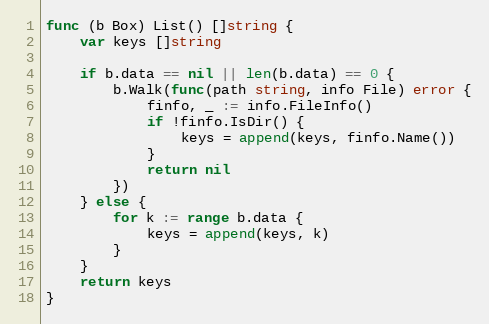
Language: Go
func (b Box) List() []string {
	var keys []string

	if b.data == nil || len(b.data) == 0 {
		b.Walk(func(path string, info File) error {
			finfo, _ := info.FileInfo()
			if !finfo.IsDir() {
				keys = append(keys, finfo.Name())
			}
			return nil
		})
	} else {
		for k := range b.data {
			keys = append(keys, k)
		}
	}
	return keys
}